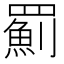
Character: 𦌥